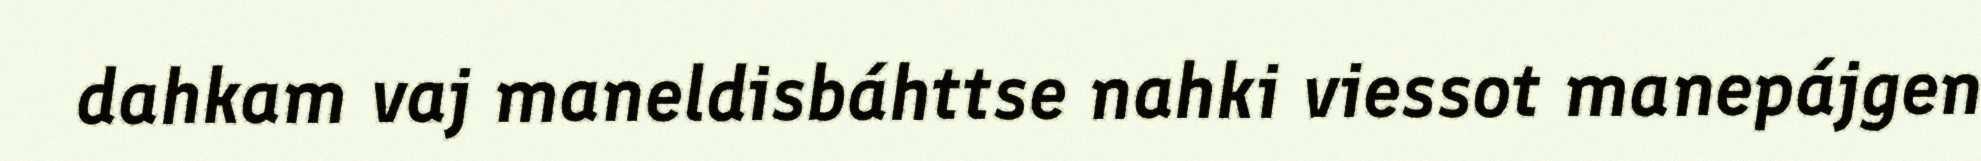
dahkam vaj maneldisbáhttse nahki viessot manepájgen